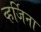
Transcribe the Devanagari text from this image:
व्हर्जिना